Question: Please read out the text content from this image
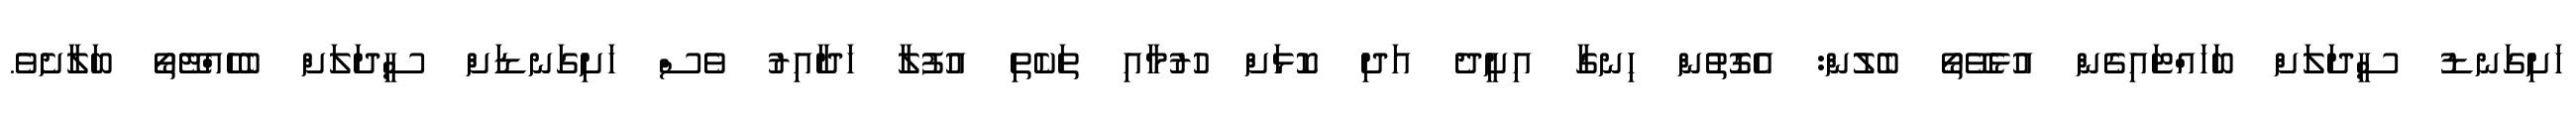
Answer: ހަށިގަނޑު ސީދަލަށް ބަހައްޓައިގެން އުޅެވޭތޯ ބެލުން: އެގޮތުން ހިނގާ އިށީދެ އަދި ކޮޅަށް ހުރުމާއި ތަކެތި އުފުލާ ހަދާއިރު ވެސް ހަށިގަނޑަށް ސީދަލަށް ބެހެއްޓޭތޯ ބަލާށެވެ.